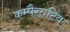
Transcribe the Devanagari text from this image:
कम्पैरतटिव